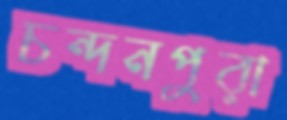
চন্দনপুরা